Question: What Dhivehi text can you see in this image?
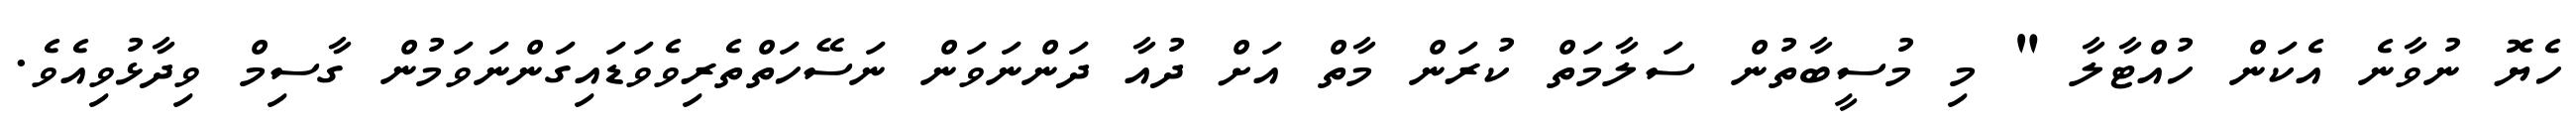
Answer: ހެޔޮ ނުވާނެ އެކަން ހުއްޓާލާ " މި މުސީބާތުން ސަލާމަތް ކުރަން މާތް އަށް ދުއާ ދަންނަވަން ނަސޭހަތްތެރިވެވަޑައިގަންނަވަމުން ގާސިމް ވިދާޅުވިއެވެ.